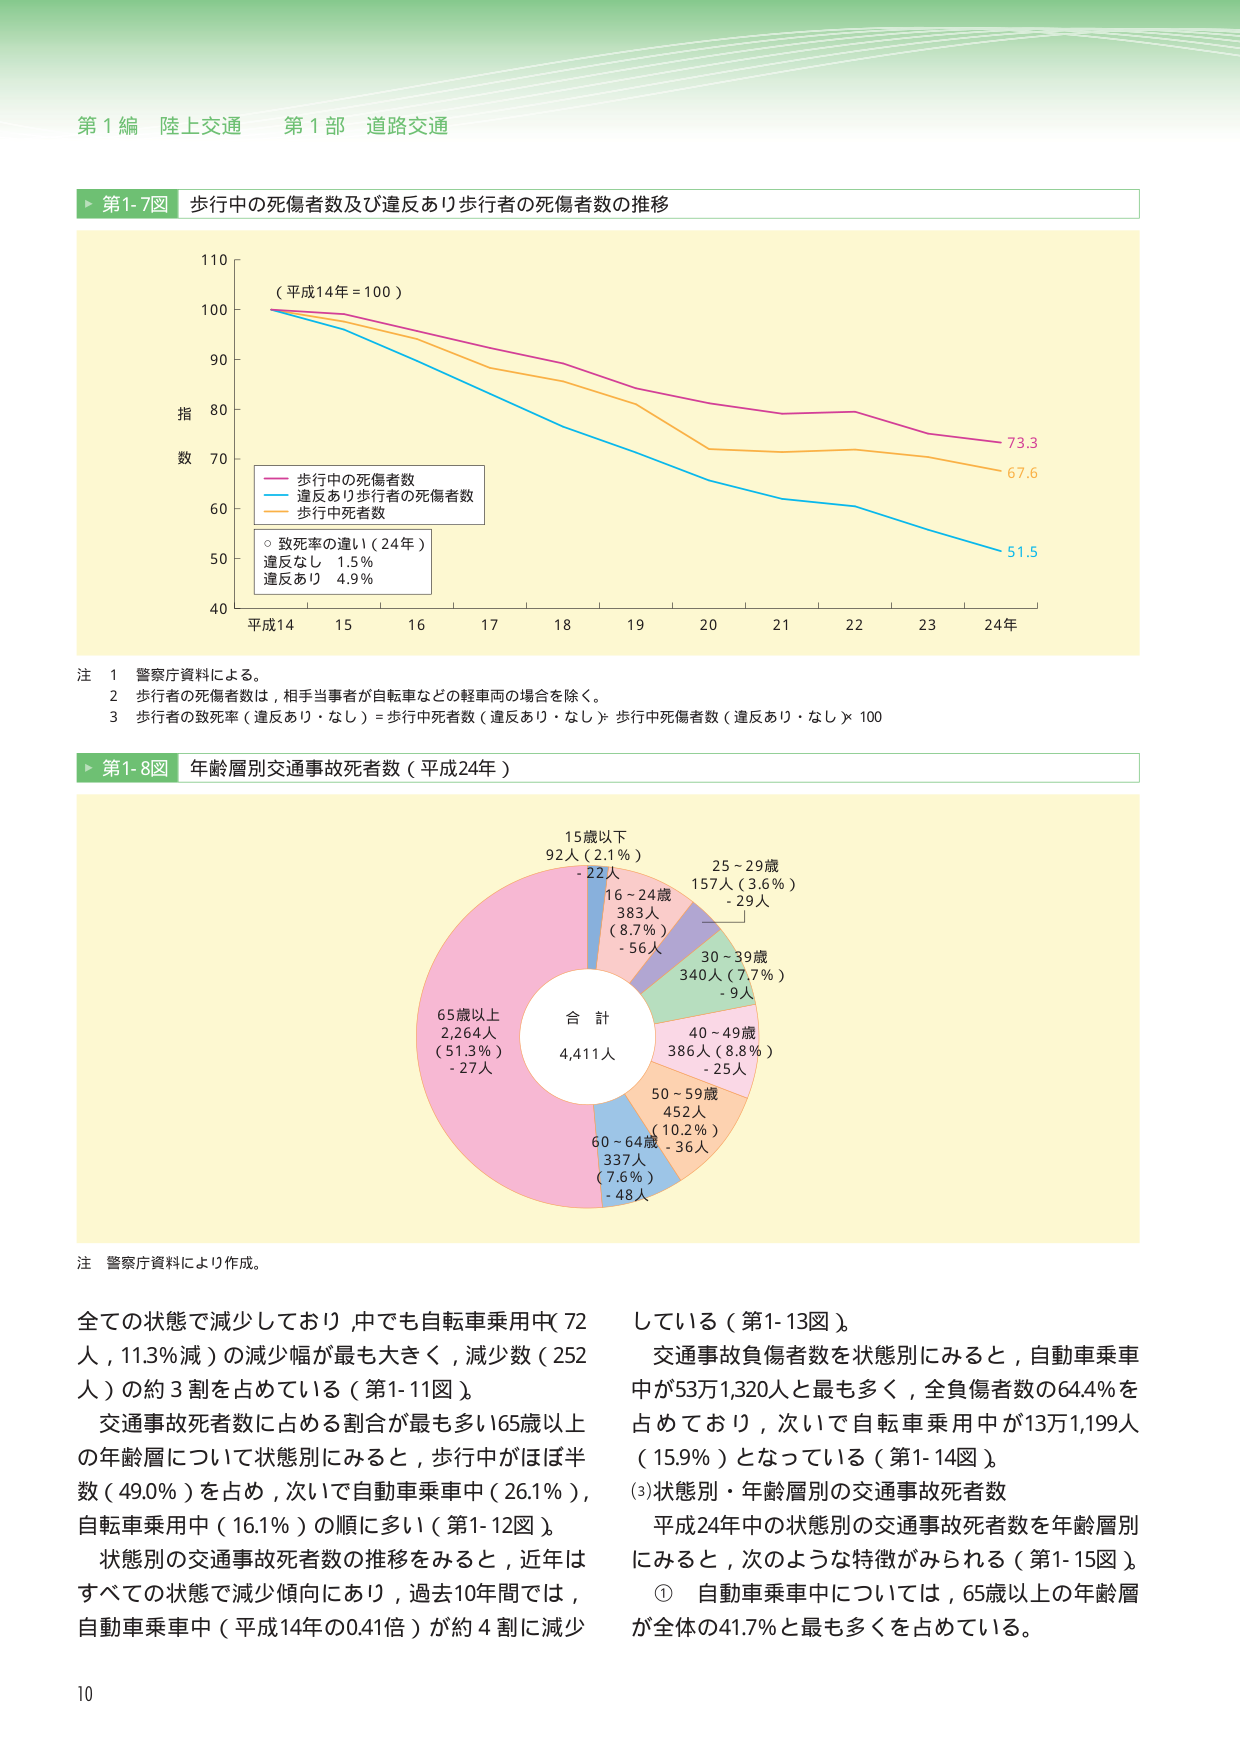
第１編 陸上交通 第１部 道路交通

▶ 第1-7図 歩行中の死傷者数及び違反あり歩行者の死傷者数の推移

（平成14年＝100）

指
数

110
100
90
80
70
60
50
40

平成14 15 16 17 18 19 20 21 22 23 24年

○ 歩行中の死傷者数
○ 違反あり歩行者の死傷者数
○ 歩行中死者数

○ 致死率の違い（24年）
違反なし 1.5％
違反あり 4.9％

73.3
67.6
51.5

注 1 警察庁資料による。
2 歩行者の死傷者数は、相手当事者が自転車などの軽車両の場合を除く。
3 歩行者の致死率（違反あり・なし）＝歩行中死者数（違反あり・なし）÷歩行中死傷者数（違反あり・なし）×100

▶ 第1-8図 年齢層別交通事故死者数（平成24年）

15歳以下
92人（2.1％）
- 22人

16～24歳
383人
（8.7％）
- 56人

25～29歳
157人（3.6％）
- 29人

30～39歳
340人（7.7％）
- 9人

40～49歳
386人（8.8％）
- 25人

50～59歳
452人
（10.2％）
- 36人

60～64歳
337人
（7.6％）
- 48人

65歳以上
2,264人
（51.3％）
- 27人

合 計
4,411人

注 警察庁資料により作成。

全ての状態で減少しており、中でも自転車乗用中（72人、11.3％減）の減少幅が最も大きく、減少数（252人）の約3割を占めている（第1-11図）。

交通事故死者数に占める割合が最も多い65歳以上の年齢層について状態別にみると、歩行中がほぼ半数（49.0％）を占め、次いで自動車乗車中（26.1％）、自転車乗用中（16.1％）の順に多い（第1-12図）。

状態別の交通事故死者数の推移をみると、近年はすべての状態で減少傾向にあり、過去10年間では、自動車乗車中（平成14年の0.41倍）が約4割に減少している（第1-13図）。

交通事故負傷者数を状態別にみると、自動車乗車中が53万1,320人と最も多く、全負傷者数の64.4％を占めており、次いで自転車乗用中が13万1,199人（15.9％）となっている（第1-14図）。

(3) 状態別・年齢層別の交通事故死者数

平成24年中の状態別の交通事故死者数を年齢層別にみると、次のような特徴がみられる（第1-15図）。

① 自動車乗車中については、65歳以上の年齢層が全体の41.7％と最も多くを占めている。

10